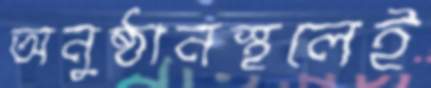
অনুষ্ঠানস্থলেই